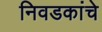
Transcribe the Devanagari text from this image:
निवडकांचे